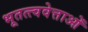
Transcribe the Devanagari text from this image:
भूतत्त्ववेत्ताओं